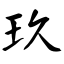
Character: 玖